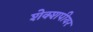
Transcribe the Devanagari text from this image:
शेक्शपीयर